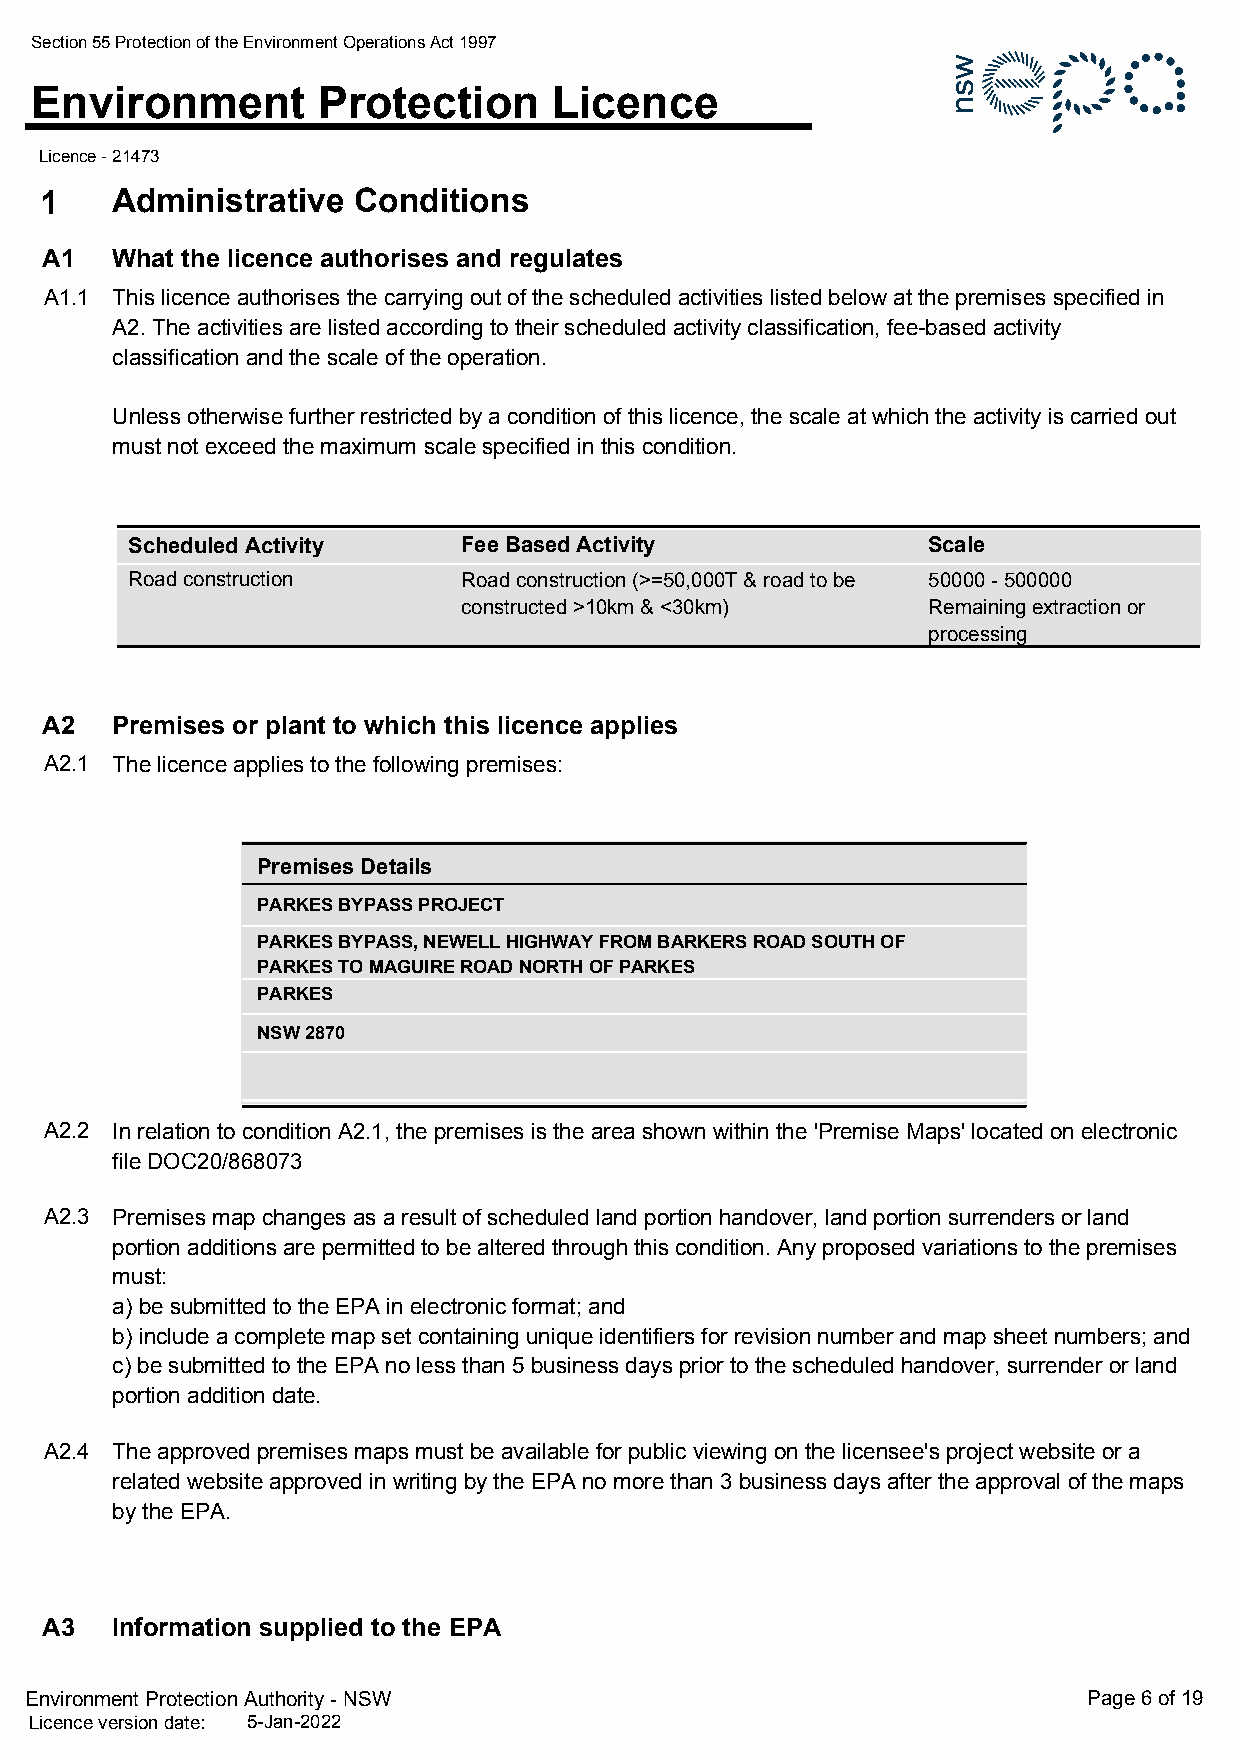
Section 55 Protection of the Environment Operations Act 1997
 Environment        Protection      Licence
 Licence - 21473
 1   Administrative  Conditions
 A1  What the licence authorises and regulates
 A1.1 This licence authorises the carrying out of the scheduled activities listed below at the premises specified in
 A2. The activities are listed according to their scheduled activity classification, fee-based activity
 classification and the scale of the operation.
 Unless otherwise further restricted by a condition of this licence, the scale at which the activity is carried out
 must not exceed the maximum scale specified in this condition.
 Scheduled Activity     Fee Based Activity            Scale
 Road construction      Road construction (>=50,000T & road to be 50000 - 500000
 constructed >10km & <30km)    Remaining extraction or
 processing
 A2  Premises or plant to which this licence applies
 A2.1 The licence applies to the following premises:
 Premises Details
 PARKES BYPASS PROJECT
 PARKES BYPASS, NEWELL HIGHWAY FROM BARKERS ROAD SOUTH OF
 PARKES TO MAGUIRE ROAD NORTH OF PARKES
 PARKES
 NSW 2870
 A2.2 In relation to condition A2.1, the premises is the area shown within the 'Premise Maps' located on electronic
 file DOC20/868073
 A2.3 Premises map changes as a result of scheduled land portion handover, land portion surrenders or land
 portion additions are permitted to be altered through this condition. Any proposed variations to the premises
 must:
 a) be submitted to the EPA in electronic format; and
 b) include a complete map set containing unique identifiers for revision number and map sheet numbers; and
 c) be submitted to the EPA no less than 5 business days prior to the scheduled handover, surrender or land
 portion addition date.
 A2.4 The approved premises maps must be available for public viewing on the licensee's project website or a
 related website approved in writing by the EPA no more than 3 business days after the approval of the maps
 by the EPA.
 A3  Information supplied to the EPA
 Environment Protection Authority - NSW                                Page 6 of 19
 Licence version date: 5-Jan-2022